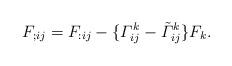
LaTeX: \begin{align*}F_{;ij} = F_{:ij} - \{ \varGamma_{ij}^k - \tilde{\varGamma}_{ij}^k \} F_k.\end{align*}